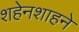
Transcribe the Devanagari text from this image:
शहेनशाहने